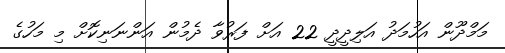
މަމްދޫން އަހުމަދު އަލިދީދީ 22 އަށް ފަރުވާ ދެމުން އަންނަނިކޮށް މި މަހުގެ